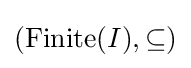
(\operatorname {Finite} (I),\subseteq )